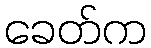
ခေတ်က